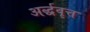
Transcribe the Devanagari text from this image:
अर्द्धवृत्त